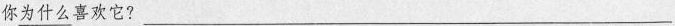
你\underline{为什么}喜欢它?___